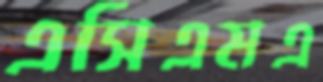
এসিএমএ